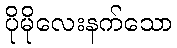
ပိုမိုလေးနက်သော